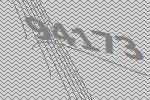
94173